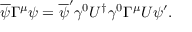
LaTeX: \overline { { { \psi } } } \Gamma ^ { \mu } \psi = \overline { { { \psi } } } ^ { \prime } \gamma ^ { 0 } U ^ { \dag } \gamma ^ { 0 } \Gamma ^ { \mu } U \psi ^ { \prime } .